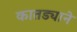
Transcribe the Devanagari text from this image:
कातड्याने